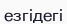
езгідегі